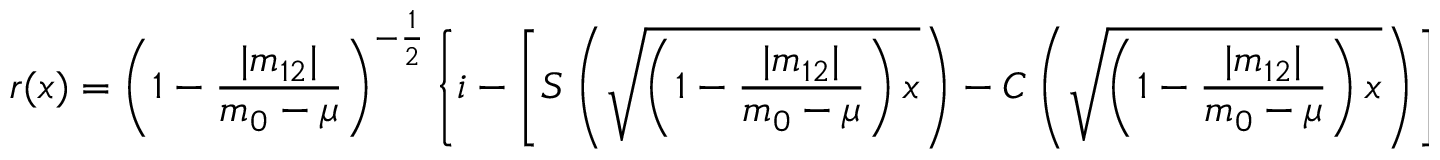
r ( x ) = \left( 1 - \frac { | m _ { 1 2 } | } { m _ { 0 } - \mu } \right) ^ { - \frac { 1 } { 2 } } \left\{ i - \left[ S \left( \sqrt { \left( 1 - \frac { | m _ { 1 2 } | } { m _ { 0 } - \mu } \right) x } \right) - C \left( \sqrt { \left( 1 - \frac { | m _ { 1 2 } | } { m _ { 0 } - \mu } \right) x } \right) \right] \right.